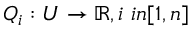
Q _ { i } : U \rightarrow \mathbb { R } , i \ i n [ 1 , n ]